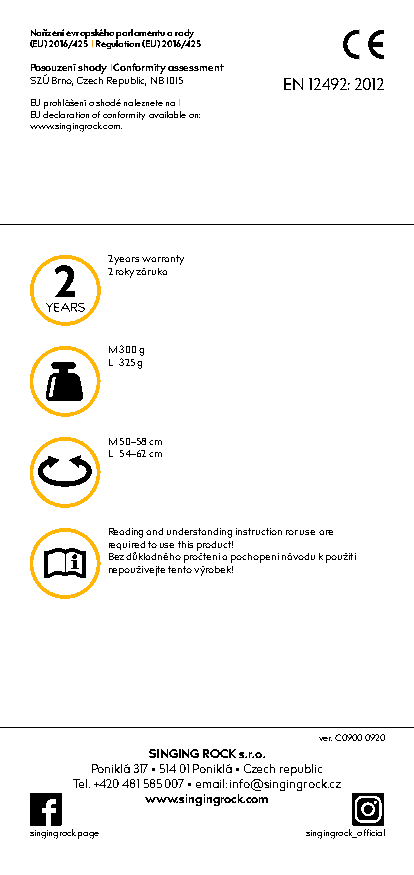
Nařízení evropského parlamentu a rady
 (EU) 2016/425 I Regulation (EU) 2016/425
 Posouzení shody I Conformity assessment
 SZÚ Brno, Czech Republic, NB 1015 EN 12492: 2012
 EU prohlášení o shodě naleznete na I
 EU declaration of conformity available on:
 www.singingrock.com.
 2 years warranty
 2 roky záruka
 M 300 g
 L 325 g
 M 50–58 cm
 L 54–62 cm
 Reading and understanding instruction ror use are
 required to use this product!
 Bez důkladného pročtení a pochopení návodu k použití
 nepoužívejte tento výrobek!
 ver. C0900 0920
 SINGING ROCK s.r.o.
 Poniklá 317 • 514 01 Poniklá • Czech republic
 Tel. +420 481 585 007 • email: info@singingrock.cz
 www.singingrock.com
 singingrock.page  singingrock_official